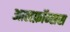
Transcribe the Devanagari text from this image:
आलफ़ॉन्सस